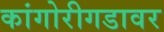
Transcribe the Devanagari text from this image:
कांगोरीगडावर